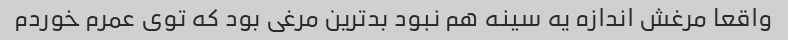
واقعا مرغش اندازه یه سینه هم نبود بدترین مرغی بود که توی عمرم خوردم